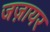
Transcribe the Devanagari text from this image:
जज़ायर